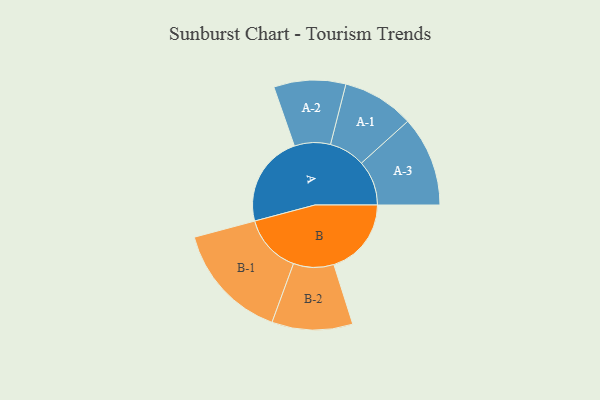
{"axis": {"x": "Segment", "y": "Value"}, "legend": ["", "A", "B"], "data": [{"x": "A", "y": 393, "type": ""}, {"x": "B", "y": 332, "type": ""}, {"x": "A-1", "y": 154, "type": "A"}, {"x": "A-2", "y": 154, "type": "A"}, {"x": "A-3", "y": 193, "type": "A"}, {"x": "B-1", "y": 252, "type": "B"}, {"x": "B-2", "y": 173, "type": "B"}]}